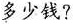
多少钱？